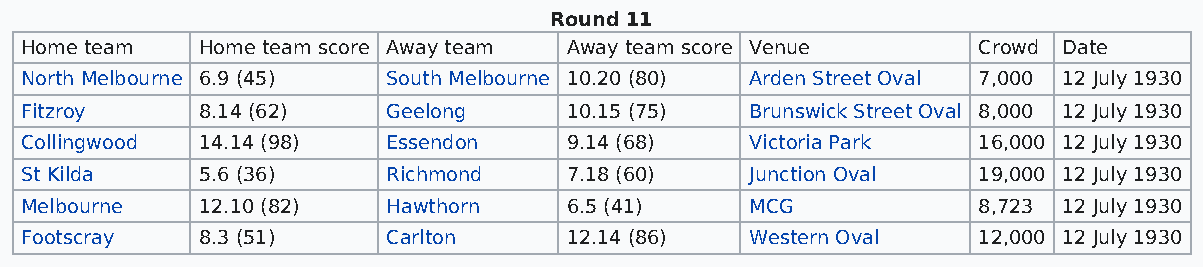
Round 11
 Home team   Home team score Away team Away team score Venue     Crowd Date
 North Melbourne 6.9 (45) South Melbourne 10.20 (80) Arden Street Oval 7,000 12 July 1930
 Fitzroy     8.14 (62)    Geelong    10.15 (75)   Brunswick Street Oval 8,000 12 July 1930
 Collingwood 14.14 (98)   Essendon   9.14 (68)    Victoria Park  16,000 12 July 1930
 St Kilda    5.6 (36)     Richmond   7.18 (60)    Junction Oval  19,000 12 July 1930
 Melbourne   12.10 (82)   Hawthorn   6.5 (41)     MCG            8,723 12 July 1930
 Footscray   8.3 (51)     Carlton    12.14 (86)   Western Oval   12,000 12 July 1930